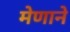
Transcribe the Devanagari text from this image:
मेणाने